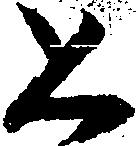
恐